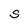
Character: S